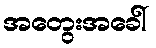
အတွေးအခေါ်